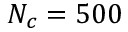
N _ { c } = 5 0 0